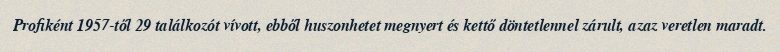
Profiként 1957-től 29 találkozót vívott, ebből huszonhetet megnyert és kettő döntetlennel zárult, azaz veretlen maradt.